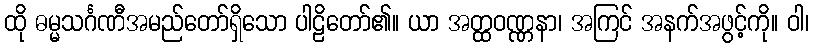
ထို ဓမ္မသင်္ဂဏီအမည်တော်ရှိသော ပါဠိတော်၏။ ယာ အတ္ထဝဏ္ဏနာ၊ အကြင် အနက်အဖွင့်ကို။ ဝါ၊